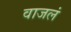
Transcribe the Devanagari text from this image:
वाजलं